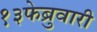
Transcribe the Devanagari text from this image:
१३फेब्रुवारी